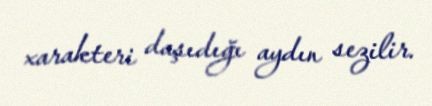
xarakteri daşıdığı aydın sezilir.